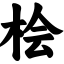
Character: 桧